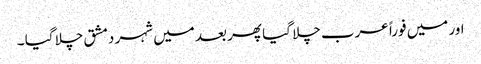
اور میں فوراً عرب چلا گیا پھر بعد میں شہر دمشق چلا گیا ۔